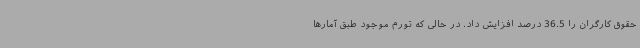
حقوق کارگران را 36.5 درصد افزایش داد. در حالی که تورم موجود طبق آمارها